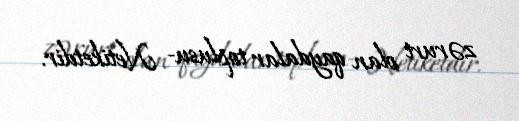
zəruri olan qaydalar toplusu- Netiketdir.